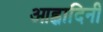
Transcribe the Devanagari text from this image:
आह्वादिनी